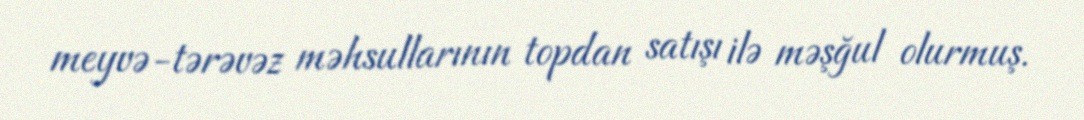
meyvə-tərəvəz məhsullarının topdan satışı ilə məşğul olurmuş.